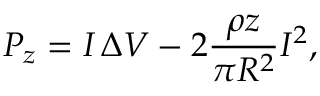
P _ { z } = I \, \Delta V - 2 \frac { \rho z } { \pi R ^ { 2 } } I ^ { 2 } ,